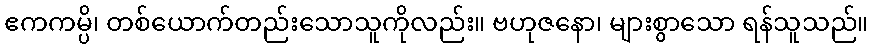
ဧကကမ္ပိ၊ တစ်ယောက်တည်းသောသူကိုလည်း။ ဗဟုဇနော၊ များစွာသော ရန်သူသည်။